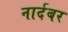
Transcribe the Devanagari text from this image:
नार्दबर